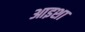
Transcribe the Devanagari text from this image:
आइशा